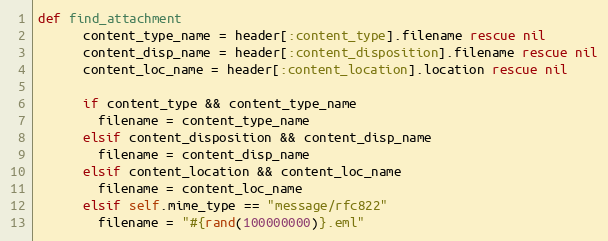
Language: Ruby
def find_attachment
      content_type_name = header[:content_type].filename rescue nil
      content_disp_name = header[:content_disposition].filename rescue nil
      content_loc_name = header[:content_location].location rescue nil

      if content_type && content_type_name
        filename = content_type_name
      elsif content_disposition && content_disp_name
        filename = content_disp_name
      elsif content_location && content_loc_name
        filename = content_loc_name
      elsif self.mime_type == "message/rfc822"
        filename = "#{rand(100000000)}.eml"